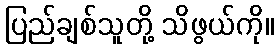
ပြည်ချစ်သူတို့ သိဖွယ်ကို။